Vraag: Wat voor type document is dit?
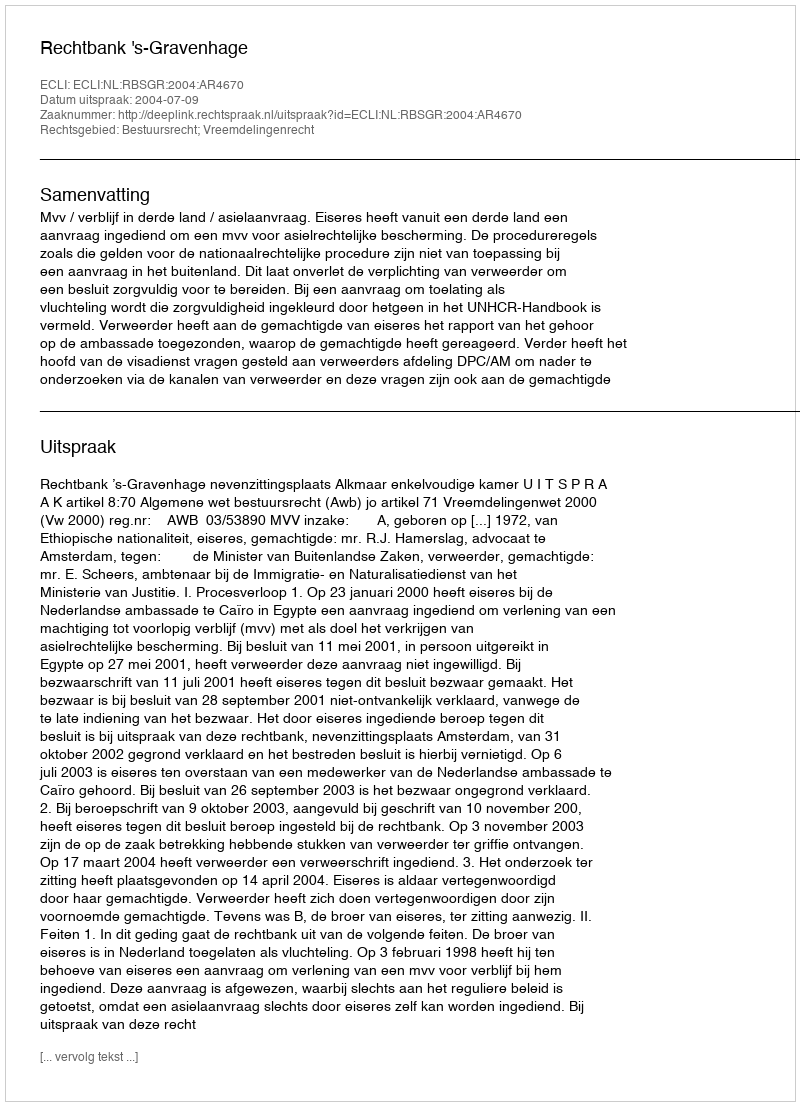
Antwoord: Uitspraak